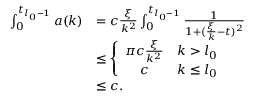
\begin{array} { r l } { \int _ { 0 } ^ { t _ { l _ { 0 } - 1 } } a ( k ) } & { = c \frac \xi { k ^ { 2 } } \int _ { 0 } ^ { t _ { l _ { 0 } - 1 } } \frac 1 { 1 + ( \frac \xi k - t ) ^ { 2 } } } \\ & { \le \left\{ \begin{array} { c c } { \pi c \frac \xi { k ^ { 2 } } } & { k > l _ { 0 } } \\ { c } & { k \le l _ { 0 } } \end{array} \right. } \\ & { \le c . } \end{array}